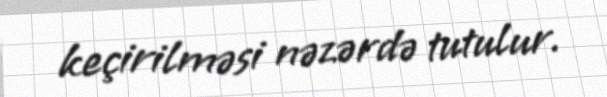
keçirilməsi nəzərdə tutulur.